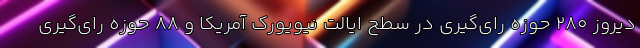
دیروز 280 حوزه رای‌گیری در سطح ایالت نیویورک آمریکا و 88 حوزه رای‌گیری